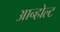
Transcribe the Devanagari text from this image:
आन्होल्ट